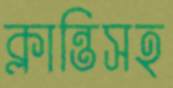
ক্লান্তিসহ